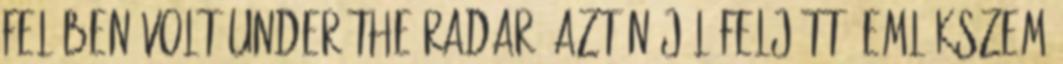
felében volt under the radar, aztán jól feljött. Emlékszem